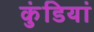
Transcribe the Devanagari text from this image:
कुंडियां